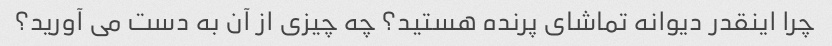
چرا اینقدر دیوانه تماشای پرنده هستید؟ چه چیزی از آن به دست می آورید؟